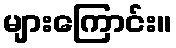
များကြောင်း။